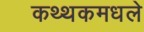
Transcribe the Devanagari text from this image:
कथ्थकमधले